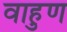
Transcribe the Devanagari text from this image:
वाहुण